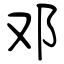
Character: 邓